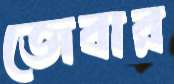
জেবার